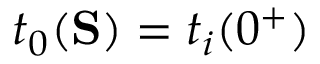
t _ { 0 } ( \mathbf { S } ) = t _ { i } ( 0 ^ { + } )